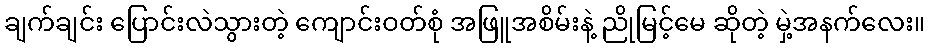
ချက်ချင်း ပြောင်းလဲသွားတဲ့ ကျောင်းဝတ်စုံ အဖြူအစိမ်းနဲ့ ညိုမြင့်မေ ဆိုတဲ့ မှဲ့အနက်လေး။